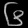
Digit: ၆